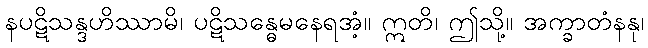
နပဋိသန္ဒဟိဿာမိ၊ ပဋိသန္ဓေမနေရအံ့။ ဣတိ၊ ဤသို့။ အက္ခာတံနနု၊